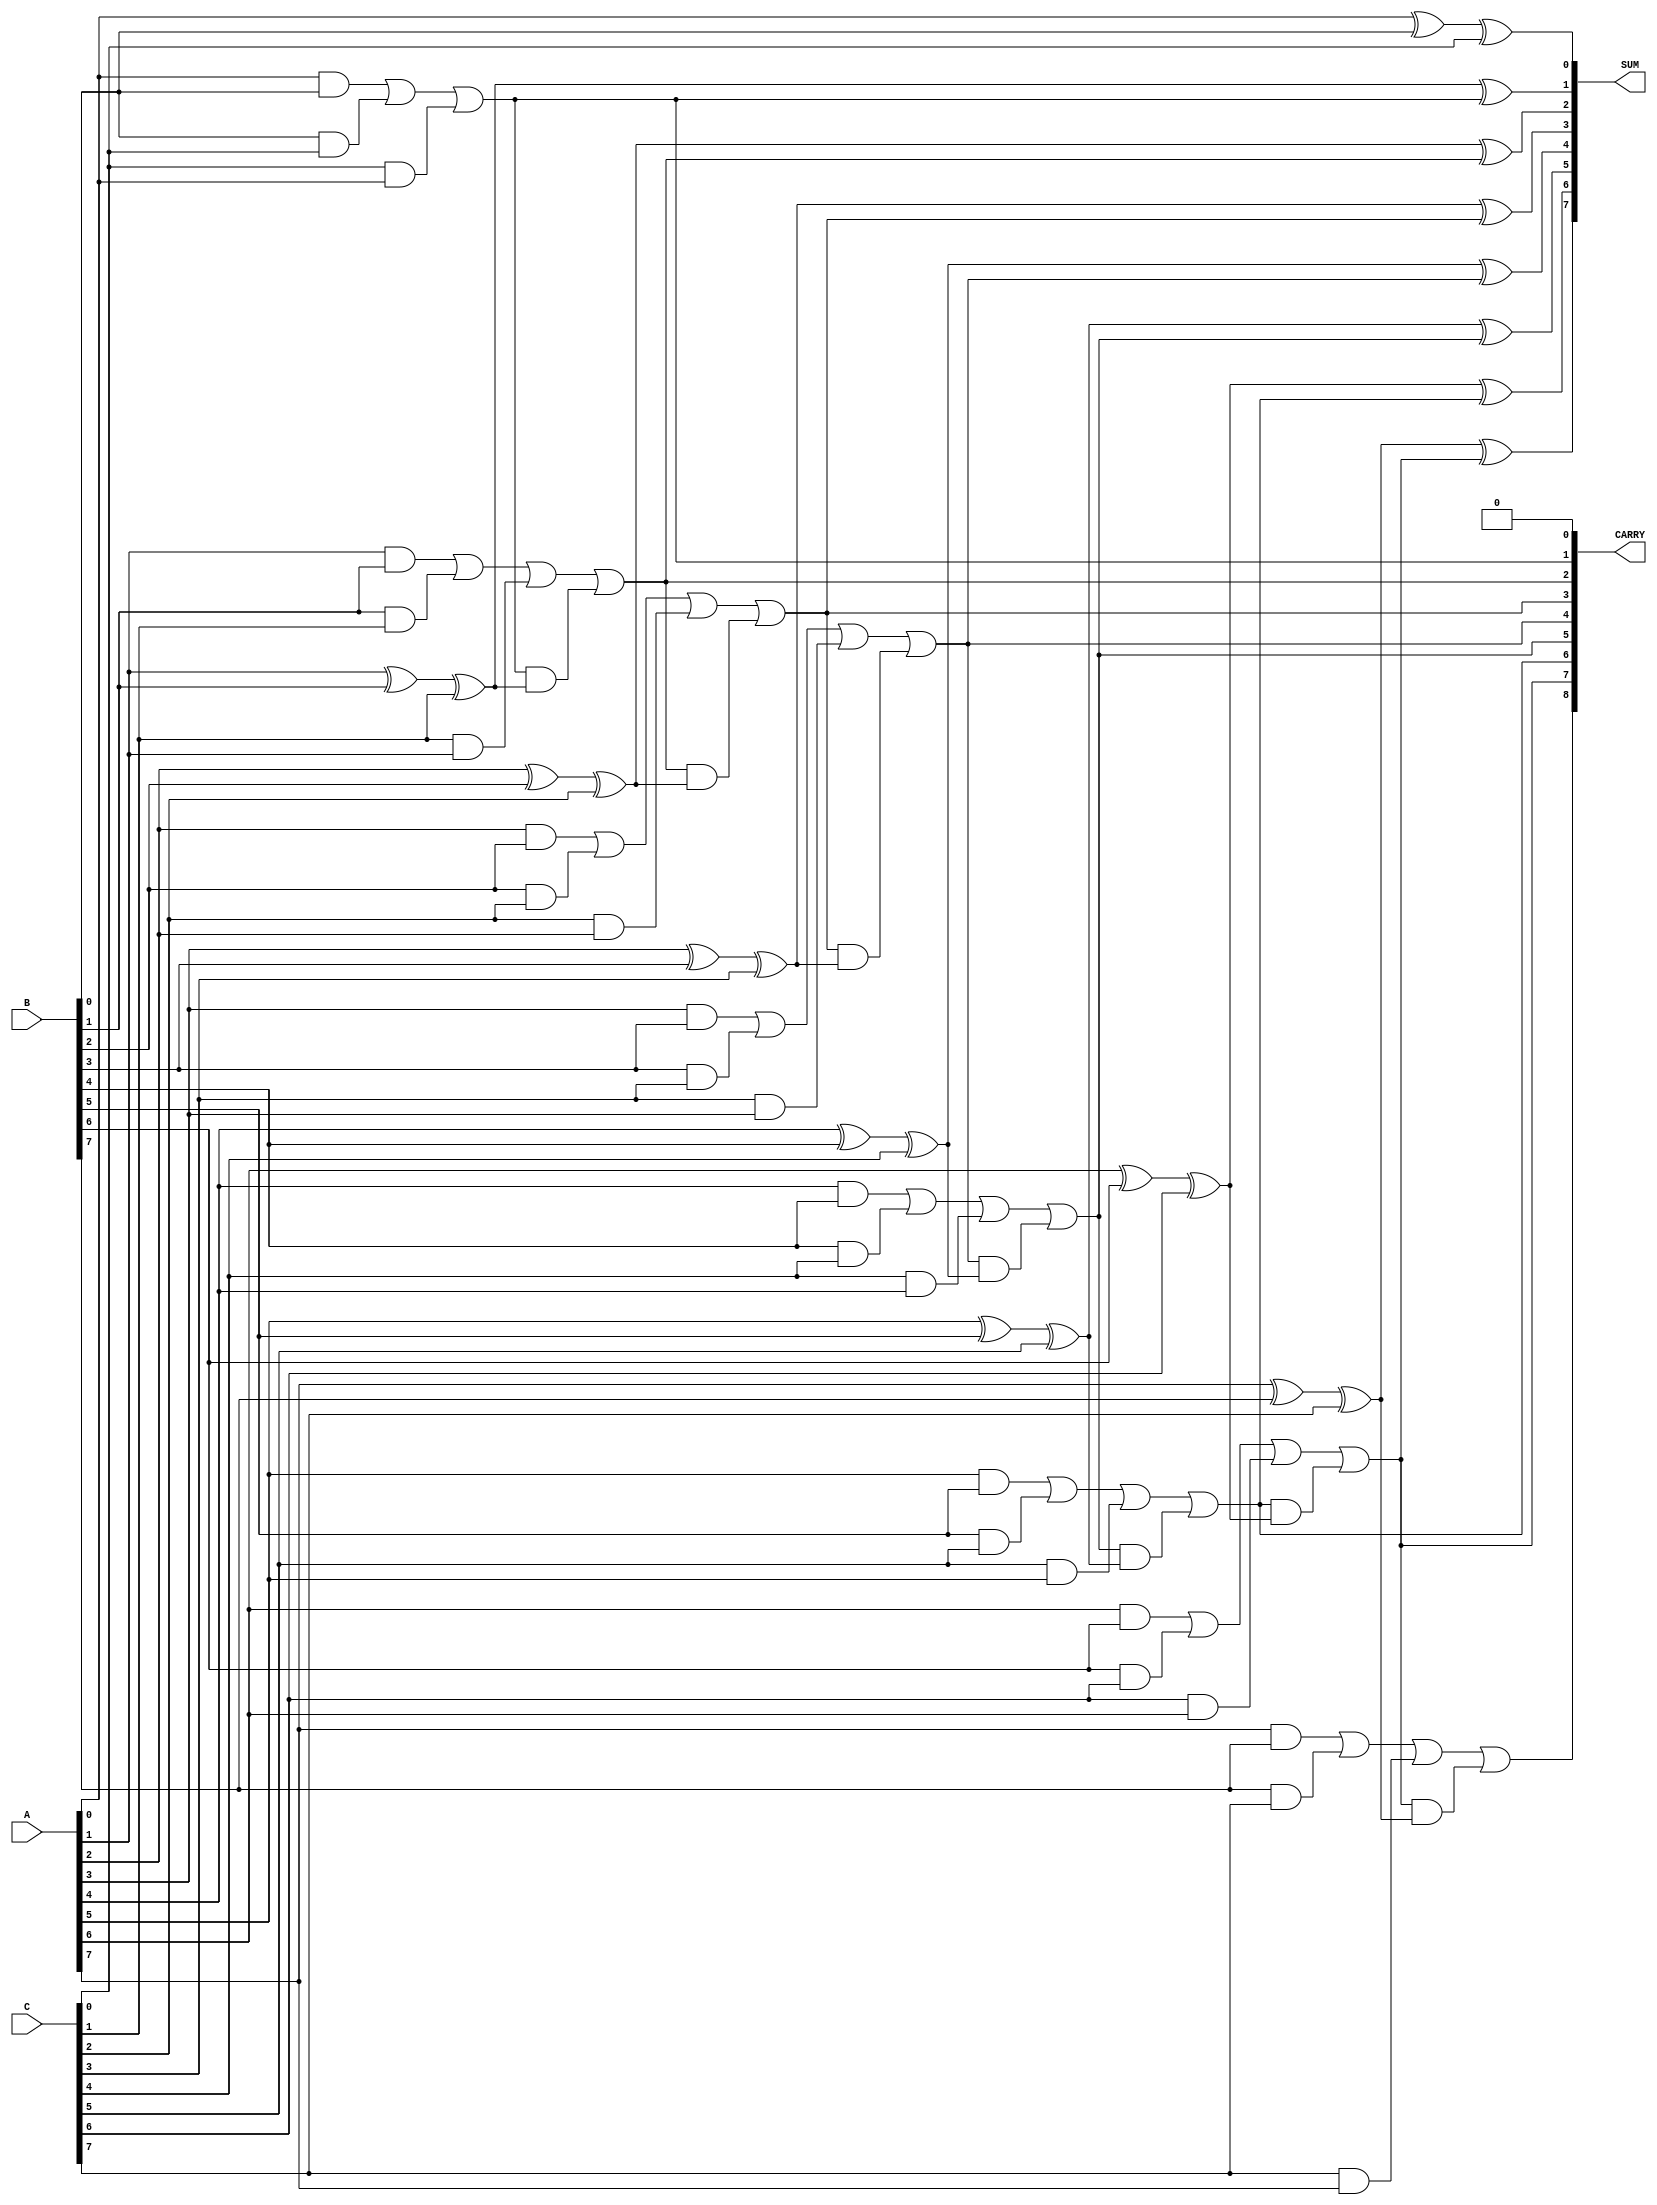
module ripple_carry_save_adder #(
    parameter n = 8  // Width of the input operands
) (
    input  [n-1:0] A,  // Input A
    input  [n-1:0] B,  // Input B
    input  [n-1:0] C,  // Input C
    output [n-1:0] SUM, // Output Sum
    output [n:0] CARRY  // Output Carry (n+1 bits to output final carry)
);

    // Wiring for internal carries and sums
    wire [n:0] carry; // Internal carry bits (one additional for the last carry bit)
    wire [n-1:0] sum; // Internal sum bits

    // Assign the first carry in to 0
    assign carry[0] = 1'b0;

    // Full adder implementation for each bit position
    genvar i;
    generate
        for (i = 0; i < n; i = i + 1) begin : full_adder
            if (i == 0) begin
                // First bit adder
                assign sum[i] = A[i] ^ B[i] ^ C[i] ^ carry[i];
                assign carry[i+1] = (A[i] & B[i]) | (B[i] & C[i]) | (C[i] & A[i]) | 
                                    (carry[i] & (A[i] ^ B[i] ^ C[i]));
            end else begin
                // Subsequent bit adders
                assign sum[i] = A[i] ^ B[i] ^ C[i] ^ carry[i];
                assign carry[i+1] = (A[i] & B[i]) | (B[i] & C[i]) | (C[i] & A[i]) | 
                                    (carry[i] & (A[i] ^ B[i] ^ C[i]));
            end
        end
    endgenerate

    // Assign output values
    assign SUM = sum;      // Final sum output
    assign CARRY = carry;  // Final carry output

endmodule